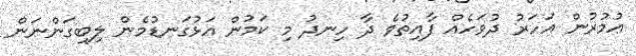
ޢުމުރުން އަހަރު ދުވަހެއް ފާއިތުވެ ދާ ހިނދު މި ކަމުން އަޅުގަނޑުމެން ލިބިގަންނަން